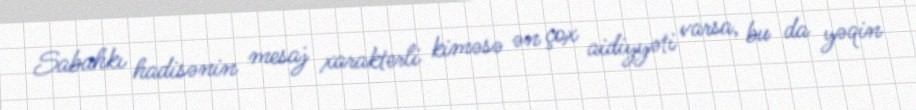
Sabahkı hadisənin mesaj xarakterli kiməsə ən çox aidiyyəti varsa, bu da yəqin